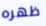
ظهره